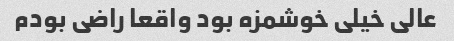
عالی خیلی خوشمزه بود واقعا راضی بودم